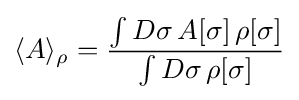
\langle A\rangle _{\rho }={\frac {\int D\sigma \,A[\sigma ]\,\rho [\sigma ]}{\int D\sigma \,\rho [\sigma ]}}